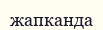
жапканда